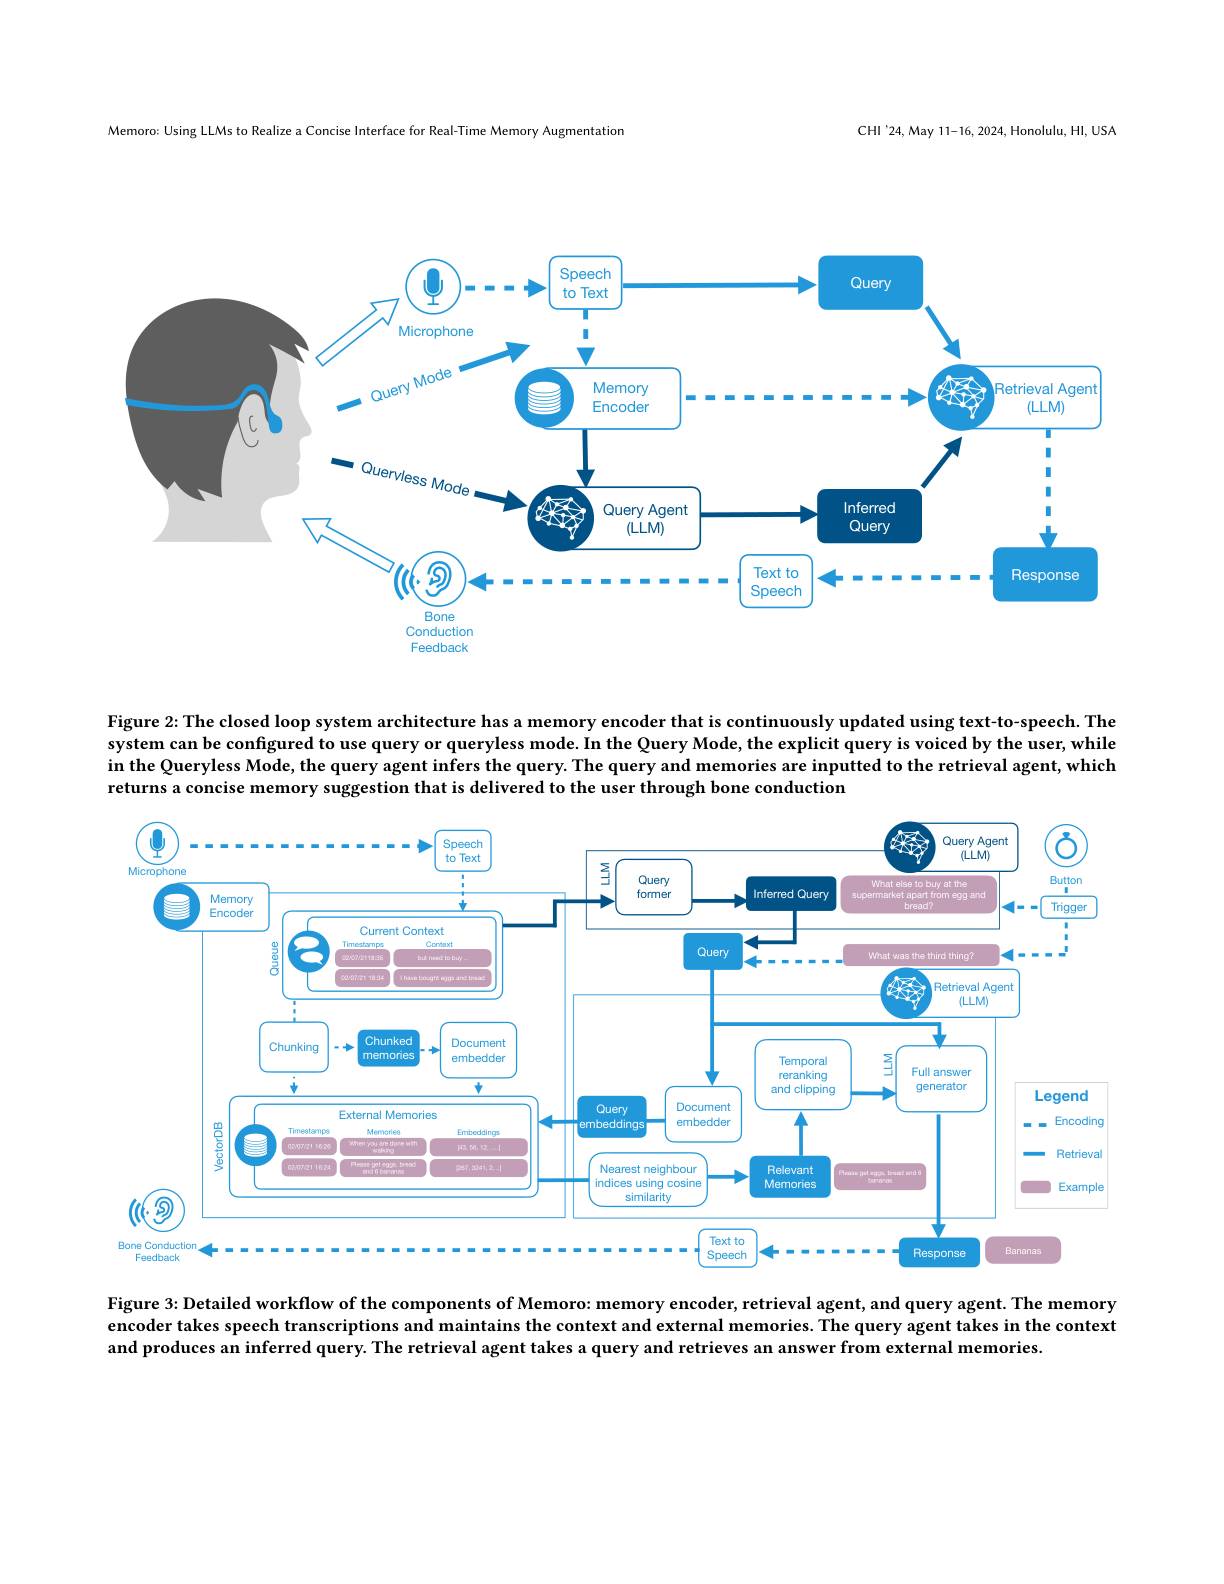
CHI'24,May 11-16, 2024, Honolulu, HI, USA

Memoro: Using LLMs to Realize a Concise Interface for Real-Time Memory Augmentatior

<FigureHere>

Figure 2:The closed loop system architecture has a memory encoder that is continuously updated using text-to-speech. The system can be configured to use query or queryless mode. In the Query Mode, the explicit query is voiced by the user, while in the Queryless Mode, the query agent infers the query. The query and memories are inputted to the retrieval agent, which returns a concise memory suggestion that is delivered to the user through bone conduction

<FigureHere>

Figure 3: Detailed workflow of the components of Memoro: memory encoder, retrieval agent, and query agent. The memory encoder takes speech transcriptions and maintains the context and external memories. The query agent takes in the context and produces an inferred query. The retrieval agent takes a query and retrieves an answer from external memories.